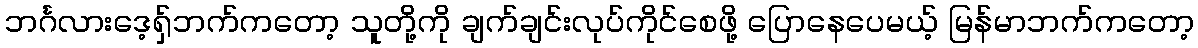
ဘင်္ဂလားဒေ့ရှ်ဘက်ကတော့ သူတို့ကို ချက်ချင်းလုပ်ကိုင်စေဖို့ ပြောနေပေမယ့် မြန်မာဘက်ကတော့